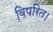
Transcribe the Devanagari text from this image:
विपरित।